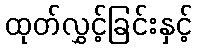
ထုတ်လွှင့်ခြင်းနှင့်